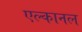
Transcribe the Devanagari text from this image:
एल्कानल